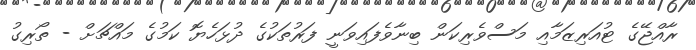
ރާއްޖޭގެ ޓުއަރިޒަމާއި މަސްވެރިކަން ބިނާވެފައިވަނީ ފަރުތަކުގެ ދުޅަހެޔޮ ކަމުގެ މައްޗަށް - ތޯރިގު